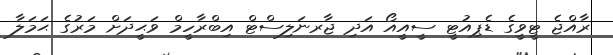
ރާއްޖެ ޓީވީގެ ޑެޕިއުޓީ ސީއީއޯ އަދި ޖާރނަލިސްޓް އިބްރާހީމް ވަޙީދަށް މަރުގެ ޙަމަލާ